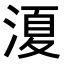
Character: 𭱣